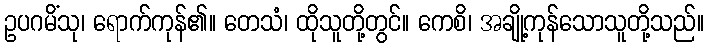
ဥပဂမိံသု၊ ရောက်ကုန်၏။ တေသံ၊ ထိုသူတို့တွင်။ ကေစိ၊ အချို့ကုန်သောသူတို့သည်။